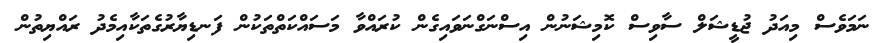
ނަމަވެސް މިއަދު ޖުޑީޝަލް ސާވިސް ކޮމިޝަނުން އިސްނަގްނަވައިގެން ކުރައްވާ މަސައްކަތްތަކުން ފަނޑިޔާރުގެތަކާއިމެދު ރައްޔިތުން